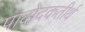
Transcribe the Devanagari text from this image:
पादोदकतीर्थ